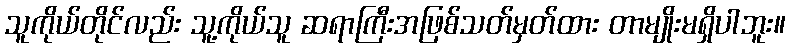
သူကိုယ်တိုင်လည်း သူ့ကိုယ်သူ ဆရာကြီးအဖြစ်သတ်မှတ်ထား တာမျိုးမရှိပါဘူး။